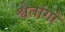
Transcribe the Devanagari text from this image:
श्वेतांगों